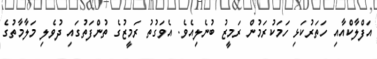
އަފްލާކްއާއި ހަތަރުކަޅި ހަމަކުރަމުން ރަމީޒު ބުނެލިއެވެ. އެވަގުތު ރަމީޒުގެ ތުންފަތުގައި ދުވެލި މަލާމާތުގެ